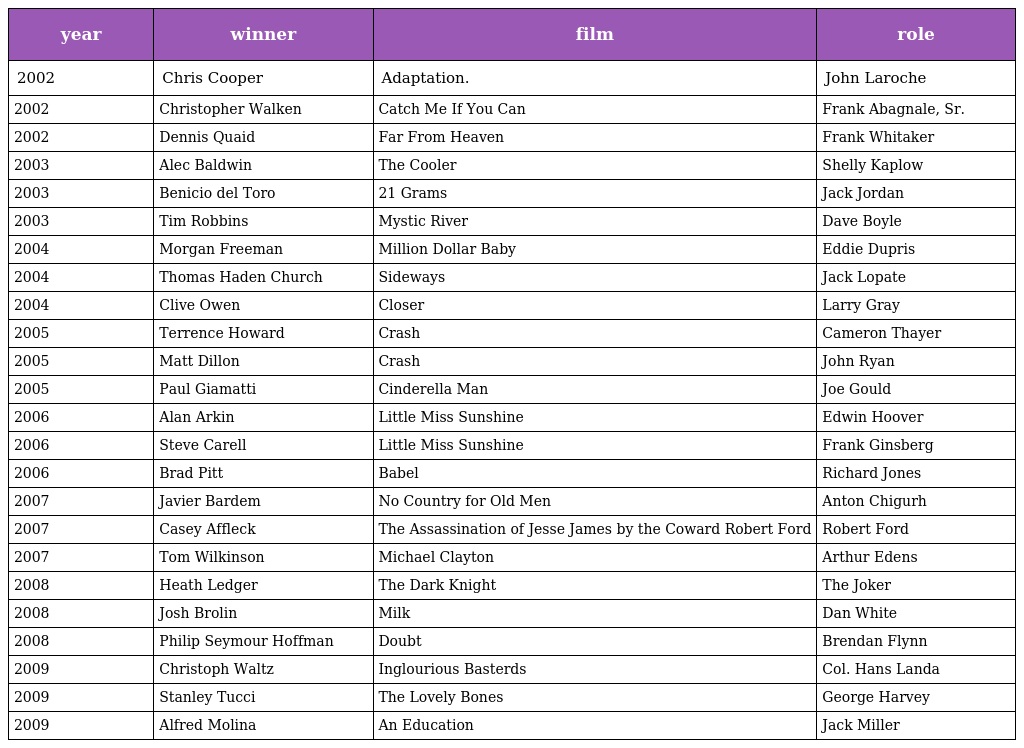
| year | winner | film | role |
 | --- | --- | --- | --- |
 | 2002 | Chris Cooper | Adaptation. | John Laroche |
 | 2002 | Christopher Walken | Catch Me If You Can | Frank Abagnale, Sr. |
 | 2002 | Dennis Quaid | Far From Heaven | Frank Whitaker |
 | 2003 | Alec Baldwin | The Cooler | Shelly Kaplow |
 | 2003 | Benicio del Toro | 21 Grams | Jack Jordan |
 | 2003 | Tim Robbins | Mystic River | Dave Boyle |
 | 2004 | Morgan Freeman | Million Dollar Baby | Eddie Dupris |
 | 2004 | Thomas Haden Church | Sideways | Jack Lopate |
 | 2004 | Clive Owen | Closer | Larry Gray |
 | 2005 | Terrence Howard | Crash | Cameron Thayer |
 | 2005 | Matt Dillon | Crash | John Ryan |
 | 2005 | Paul Giamatti | Cinderella Man | Joe Gould |
 | 2006 | Alan Arkin | Little Miss Sunshine | Edwin Hoover |
 | 2006 | Steve Carell | Little Miss Sunshine | Frank Ginsberg |
 | 2006 | Brad Pitt | Babel | Richard Jones |
 | 2007 | Javier Bardem | No Country for Old Men | Anton Chigurh |
 | 2007 | Casey Affleck | The Assassination of Jesse James by the Coward Robert Ford | Robert Ford |
 | 2007 | Tom Wilkinson | Michael Clayton | Arthur Edens |
 | 2008 | Heath Ledger | The Dark Knight | The Joker |
 | 2008 | Josh Brolin | Milk | Dan White |
 | 2008 | Philip Seymour Hoffman | Doubt | Brendan Flynn |
 | 2009 | Christoph Waltz | Inglourious Basterds | Col. Hans Landa |
 | 2009 | Stanley Tucci | The Lovely Bones | George Harvey |
 | 2009 | Alfred Molina | An Education | Jack Miller |